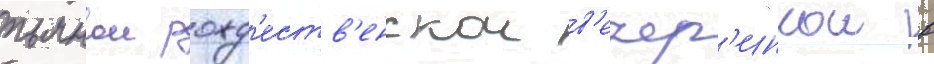
пьянои рожд'еств'енскои в'ечер'инкои в